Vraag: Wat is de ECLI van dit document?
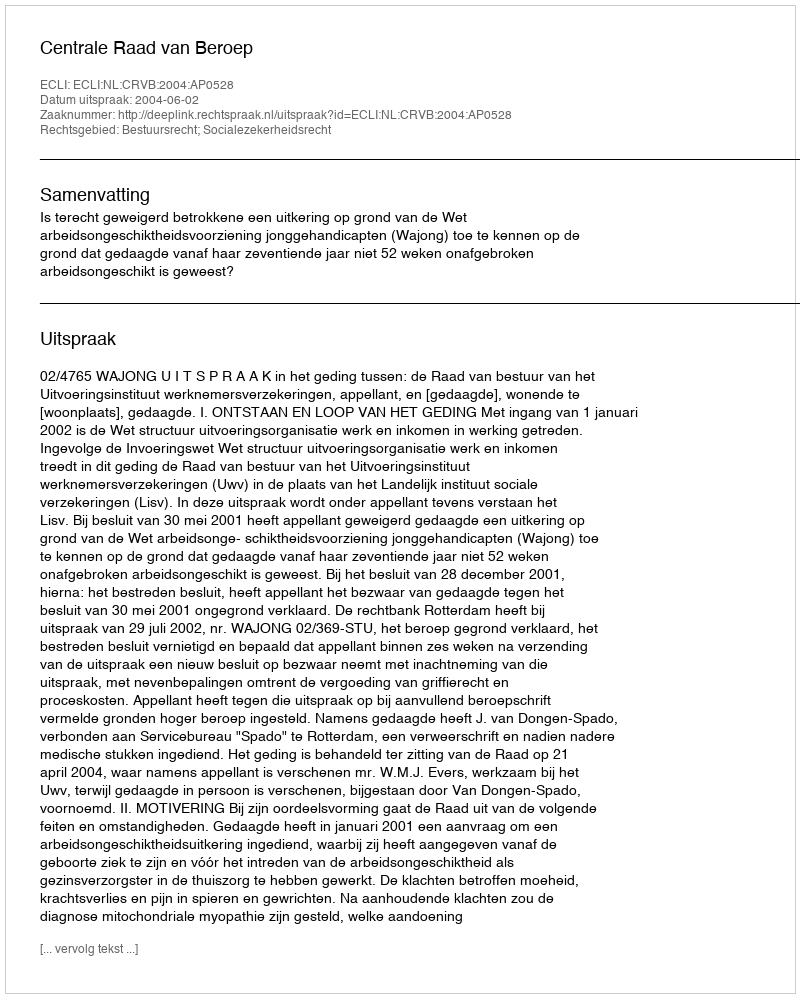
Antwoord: ECLI:NL:CRVB:2004:AP0528